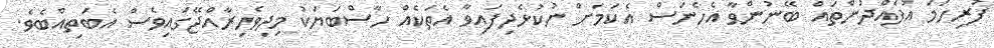
ފުރިހަމަ އުފެއްދުންތައް ބޭނުންވާ އެހެނަސް އެކަމަށް ނުކުޅެދިފައިވާ އެތަކެއް ހާސްބަޔަކު މިދިވެހިރާއްޖޭގައިވެސް އެބަތިއްބެވެ.